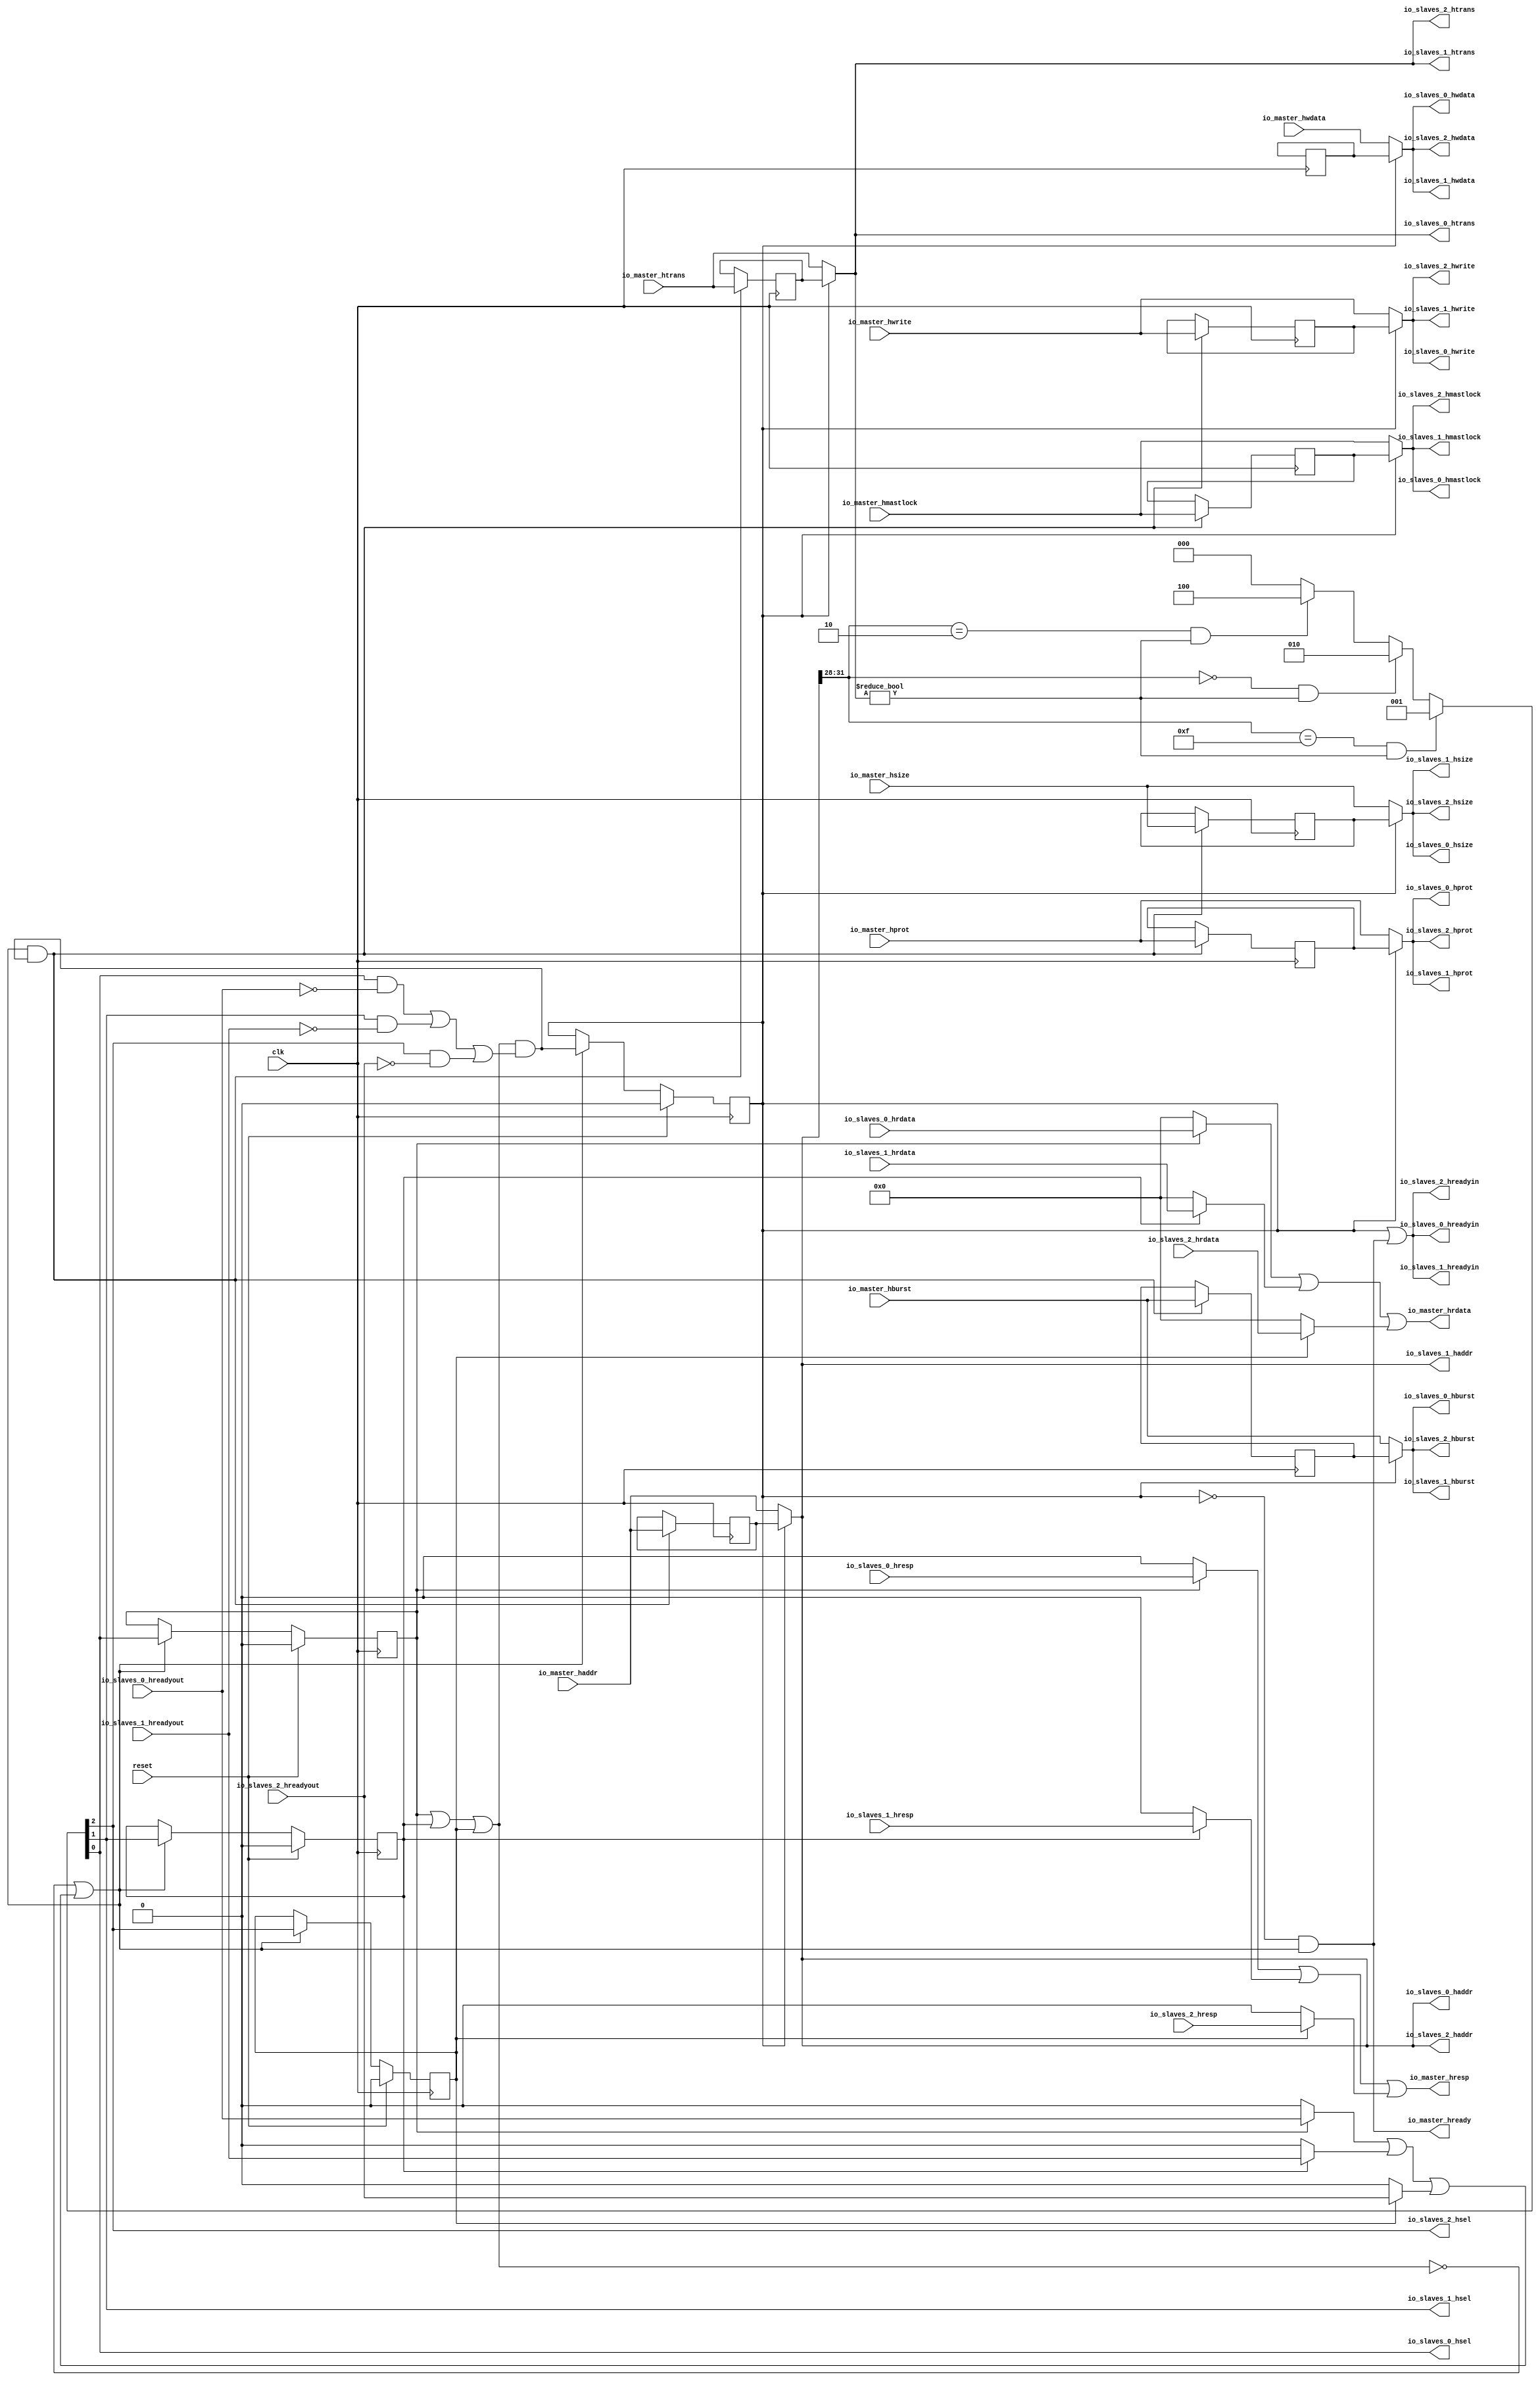
module HastiBus(input clk, input reset,
    input [31:0] io_master_haddr,
    input  io_master_hwrite,
    input [2:0] io_master_hsize,
    input [2:0] io_master_hburst,
    input [3:0] io_master_hprot,
    input [1:0] io_master_htrans,
    input  io_master_hmastlock,
    input [31:0] io_master_hwdata,
    output[31:0] io_master_hrdata,
    output io_master_hready,
    output io_master_hresp,
    output[31:0] io_slaves_2_haddr,
    output io_slaves_2_hwrite,
    output[2:0] io_slaves_2_hsize,
    output[2:0] io_slaves_2_hburst,
    output[3:0] io_slaves_2_hprot,
    output[1:0] io_slaves_2_htrans,
    output io_slaves_2_hmastlock,
    output[31:0] io_slaves_2_hwdata,
    input [31:0] io_slaves_2_hrdata,
    output io_slaves_2_hsel,
    output io_slaves_2_hreadyin,
    input  io_slaves_2_hreadyout,
    input  io_slaves_2_hresp,
    output[31:0] io_slaves_1_haddr,
    output io_slaves_1_hwrite,
    output[2:0] io_slaves_1_hsize,
    output[2:0] io_slaves_1_hburst,
    output[3:0] io_slaves_1_hprot,
    output[1:0] io_slaves_1_htrans,
    output io_slaves_1_hmastlock,
    output[31:0] io_slaves_1_hwdata,
    input [31:0] io_slaves_1_hrdata,
    output io_slaves_1_hsel,
    output io_slaves_1_hreadyin,
    input  io_slaves_1_hreadyout,
    input  io_slaves_1_hresp,
    output[31:0] io_slaves_0_haddr,
    output io_slaves_0_hwrite,
    output[2:0] io_slaves_0_hsize,
    output[2:0] io_slaves_0_hburst,
    output[3:0] io_slaves_0_hprot,
    output[1:0] io_slaves_0_htrans,
    output io_slaves_0_hmastlock,
    output[31:0] io_slaves_0_hwdata,
    input [31:0] io_slaves_0_hrdata,
    output io_slaves_0_hsel,
    output io_slaves_0_hreadyin,
    input  io_slaves_0_hreadyout,
    input  io_slaves_0_hresp
);

  wire T0;
  reg  skb_valid;
  wire T67;
  wire T1;
  wire T2;
  wire T3;
  wire T4;
  wire T5;
  wire T6;
  wire[2:0] T7;
  wire[2:0] T8;
  wire[2:0] T9;
  wire T10;
  wire T11;
  wire[1:0] master_htrans;
  reg [1:0] skb_htrans;
  wire[1:0] T12;
  wire T13;
  wire T14;
  wire[3:0] T15;
  wire[31:0] master_haddr;
  reg [31:0] skb_haddr;
  wire[31:0] T16;
  wire T17;
  wire T18;
  wire T19;
  wire[3:0] T20;
  wire T21;
  wire T22;
  wire T23;
  wire[3:0] T24;
  wire T25;
  wire T26;
  wire T27;
  wire T28;
  wire T29;
  wire T30;
  wire T31;
  wire T32;
  reg  R33;
  wire T68;
  wire T34;
  wire T35;
  reg  R36;
  wire T69;
  wire T37;
  reg  R38;
  wire T70;
  wire T39;
  wire master_hready;
  wire T40;
  wire T41;
  wire T42;
  wire T43;
  wire T44;
  wire T45;
  wire T46;
  wire T47;
  wire[31:0] master_hwdata;
  reg [31:0] skb_hwdata;
  wire master_hmastlock;
  reg  skb_hmastlock;
  wire T48;
  wire[3:0] master_hprot;
  reg [3:0] skb_hprot;
  wire[3:0] T49;
  wire[2:0] master_hburst;
  reg [2:0] skb_hburst;
  wire[2:0] T50;
  wire[2:0] master_hsize;
  reg [2:0] skb_hsize;
  wire[2:0] T51;
  wire master_hwrite;
  reg  skb_hwrite;
  wire T52;
  wire T53;
  wire T54;
  wire T55;
  wire T56;
  wire T57;
  wire T58;
  wire T59;
  wire T60;
  wire T61;
  wire[31:0] T62;
  wire[31:0] T63;
  wire[31:0] T64;
  wire[31:0] T65;
  wire[31:0] T66;

`ifndef AHBMLI_SYNTHESIS
// synthesis translate_off
  integer initvar;
  initial begin
    #0.002;
    skb_valid = {1{$random}};
    skb_htrans = {1{$random}};
    skb_haddr = {1{$random}};
    R33 = {1{$random}};
    R36 = {1{$random}};
    R38 = {1{$random}};
    skb_hwdata = {1{$random}};
    skb_hmastlock = {1{$random}};
    skb_hprot = {1{$random}};
    skb_hburst = {1{$random}};
    skb_hsize = {1{$random}};
    skb_hwrite = {1{$random}};
  end
// synthesis translate_on
`endif

  assign io_slaves_0_hreadyin = T0;
  assign T0 = skb_valid | io_master_hready;
  assign T67 = reset ? 1'h0 : T1;
  assign T1 = master_hready ? T2 : skb_valid;
  assign T2 = T32 & T3;
  assign T3 = T25 | T4;
  assign T4 = T6 & T5;
  assign T5 = io_slaves_2_hreadyout ^ 1'h1;
  assign T6 = T7[2'h2];
  assign T7 = T21 ? 3'h1 : T8;
  assign T8 = T17 ? 3'h2 : T9;
  assign T9 = T10 ? 3'h4 : 3'h0;
  assign T10 = T14 & T11;
  assign T11 = master_htrans != 2'h0;
  assign master_htrans = skb_valid ? skb_htrans : io_master_htrans;
  assign T12 = T13 ? io_master_htrans : skb_htrans;
  assign T13 = master_hready & T2;
  assign T14 = T15 == 4'h2;
  assign T15 = master_haddr[5'h1f:5'h1c];
  assign master_haddr = skb_valid ? skb_haddr : io_master_haddr;
  assign T16 = T13 ? io_master_haddr : skb_haddr;
  assign T17 = T19 & T18;
  assign T18 = master_htrans != 2'h0;
  assign T19 = T20 == 4'h0;
  assign T20 = master_haddr[5'h1f:5'h1c];
  assign T21 = T23 & T22;
  assign T22 = master_htrans != 2'h0;
  assign T23 = T24 == 4'hf;
  assign T24 = master_haddr[5'h1f:5'h1c];
  assign T25 = T29 | T26;
  assign T26 = T28 & T27;
  assign T27 = io_slaves_1_hreadyout ^ 1'h1;
  assign T28 = T7[1'h1];
  assign T29 = T31 & T30;
  assign T30 = io_slaves_0_hreadyout ^ 1'h1;
  assign T31 = T7[1'h0];
  assign T32 = T35 | R33;
  assign T68 = reset ? 1'h0 : T34;
  assign T34 = master_hready ? T6 : R33;
  assign T35 = R38 | R36;
  assign T69 = reset ? 1'h0 : T37;
  assign T37 = master_hready ? T28 : R36;
  assign T70 = reset ? 1'h0 : T39;
  assign T39 = master_hready ? T31 : R38;
  assign master_hready = T45 | T40;
  assign T40 = T42 | T41;
  assign T41 = R33 ? io_slaves_2_hreadyout : 1'h0;
  assign T42 = T44 | T43;
  assign T43 = R36 ? io_slaves_1_hreadyout : 1'h0;
  assign T44 = R38 ? io_slaves_0_hreadyout : 1'h0;
  assign T45 = T46 == 1'h0;
  assign T46 = T47 | R33;
  assign T47 = R38 | R36;
  assign io_slaves_0_hsel = T31;
  assign io_slaves_0_hwdata = master_hwdata;
  assign master_hwdata = skb_valid ? skb_hwdata : io_master_hwdata;
  assign io_slaves_0_hmastlock = master_hmastlock;
  assign master_hmastlock = skb_valid ? skb_hmastlock : io_master_hmastlock;
  assign T48 = T13 ? io_master_hmastlock : skb_hmastlock;
  assign io_slaves_0_htrans = master_htrans;
  assign io_slaves_0_hprot = master_hprot;
  assign master_hprot = skb_valid ? skb_hprot : io_master_hprot;
  assign T49 = T13 ? io_master_hprot : skb_hprot;
  assign io_slaves_0_hburst = master_hburst;
  assign master_hburst = skb_valid ? skb_hburst : io_master_hburst;
  assign T50 = T13 ? io_master_hburst : skb_hburst;
  assign io_slaves_0_hsize = master_hsize;
  assign master_hsize = skb_valid ? skb_hsize : io_master_hsize;
  assign T51 = T13 ? io_master_hsize : skb_hsize;
  assign io_slaves_0_hwrite = master_hwrite;
  assign master_hwrite = skb_valid ? skb_hwrite : io_master_hwrite;
  assign T52 = T13 ? io_master_hwrite : skb_hwrite;
  assign io_slaves_0_haddr = master_haddr;
  assign io_slaves_1_hreadyin = T53;
  assign T53 = skb_valid | io_master_hready;
  assign io_slaves_1_hsel = T28;
  assign io_slaves_1_hwdata = master_hwdata;
  assign io_slaves_1_hmastlock = master_hmastlock;
  assign io_slaves_1_htrans = master_htrans;
  assign io_slaves_1_hprot = master_hprot;
  assign io_slaves_1_hburst = master_hburst;
  assign io_slaves_1_hsize = master_hsize;
  assign io_slaves_1_hwrite = master_hwrite;
  assign io_slaves_1_haddr = master_haddr;
  assign io_slaves_2_hreadyin = T54;
  assign T54 = skb_valid | io_master_hready;
  assign io_slaves_2_hsel = T6;
  assign io_slaves_2_hwdata = master_hwdata;
  assign io_slaves_2_hmastlock = master_hmastlock;
  assign io_slaves_2_htrans = master_htrans;
  assign io_slaves_2_hprot = master_hprot;
  assign io_slaves_2_hburst = master_hburst;
  assign io_slaves_2_hsize = master_hsize;
  assign io_slaves_2_hwrite = master_hwrite;
  assign io_slaves_2_haddr = master_haddr;
  assign io_master_hresp = T55;
  assign T55 = T57 | T56;
  assign T56 = R33 ? io_slaves_2_hresp : 1'h0;
  assign T57 = T59 | T58;
  assign T58 = R36 ? io_slaves_1_hresp : 1'h0;
  assign T59 = R38 ? io_slaves_0_hresp : 1'h0;
  assign io_master_hready = T60;
  assign T60 = T61 & master_hready;
  assign T61 = skb_valid ^ 1'h1;
  assign io_master_hrdata = T62;
  assign T62 = T64 | T63;
  assign T63 = R33 ? io_slaves_2_hrdata : 32'h0;
  assign T64 = T66 | T65;
  assign T65 = R36 ? io_slaves_1_hrdata : 32'h0;
  assign T66 = R38 ? io_slaves_0_hrdata : 32'h0;

  always @(posedge clk) begin
    if(reset) begin
      skb_valid <= 1'h0;
    end else if(master_hready) begin
      skb_valid <= T2;
    end
    if(T13) begin
      skb_htrans <= io_master_htrans;
    end
    if(T13) begin
      skb_haddr <= io_master_haddr;
    end
    if(reset) begin
      R33 <= 1'h0;
    end else if(master_hready) begin
      R33 <= T6;
    end
    if(reset) begin
      R36 <= 1'h0;
    end else if(master_hready) begin
      R36 <= T28;
    end
    if(reset) begin
      R38 <= 1'h0;
    end else if(master_hready) begin
      R38 <= T31;
    end
    skb_hwdata <= skb_hwdata;
    if(T13) begin
      skb_hmastlock <= io_master_hmastlock;
    end
    if(T13) begin
      skb_hprot <= io_master_hprot;
    end
    if(T13) begin
      skb_hburst <= io_master_hburst;
    end
    if(T13) begin
      skb_hsize <= io_master_hsize;
    end
    if(T13) begin
      skb_hwrite <= io_master_hwrite;
    end
  end
endmodule